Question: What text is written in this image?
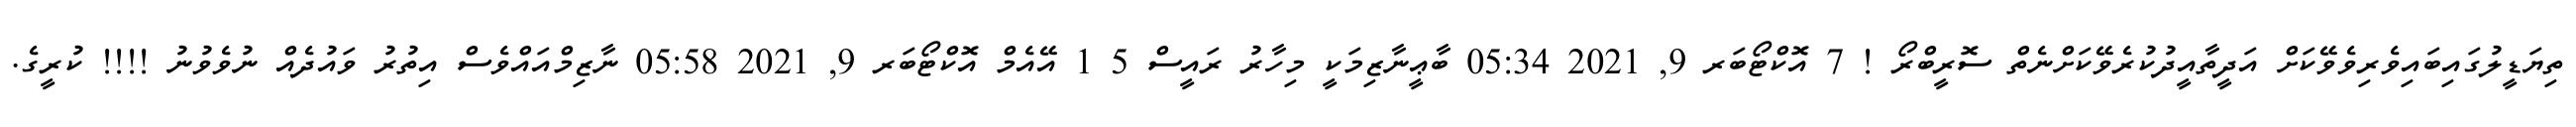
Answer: ތިޔަޑީލުގައިބައިވެރިވެވޭކަށް އަދީތާއީދުކުރެވޭކަށްނެތް ސޮރީބްރޯ ! 7 އޮކްޓޯބަރ 9, 2021 05:34 ބާޢީނާޒިމަކީ މިހާރު ރައީސް 5 1 އޭއެމް އޮކްޓޯބަރ 9, 2021 05:58 ނާޒިމްއައްވެސް އިތުރު ވައުދެއް ނުވެވުނު !!!! ކުރީގެ.